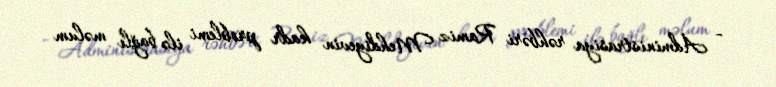
- Administrasiya rəhbəri Ramiz Mehdiyevin kadr problemi ilə bağlı məlum